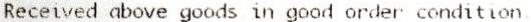
RECEIVED ABOVE GOODS IN GOOD ORDER CONDITION.